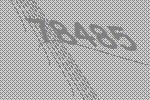
78485